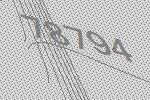
78794